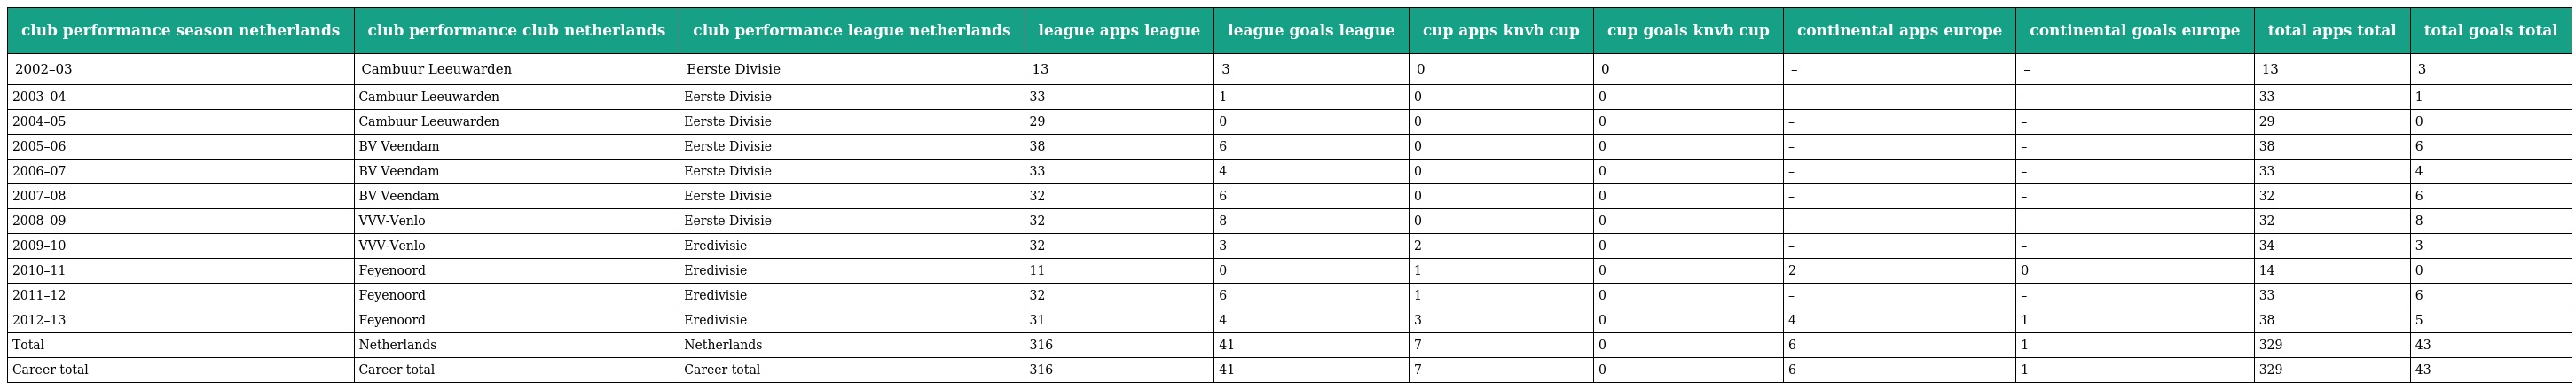
| club performance season netherlands | club performance club netherlands | club performance league netherlands | league apps league | league goals league | cup apps knvb cup | cup goals knvb cup | continental apps europe | continental goals europe | total apps total | total goals total |
 | --- | --- | --- | --- | --- | --- | --- | --- | --- | --- | --- |
 | 2002–03 | Cambuur Leeuwarden | Eerste Divisie | 13 | 3 | 0 | 0 | – | – | 13 | 3 |
 | 2003–04 | Cambuur Leeuwarden | Eerste Divisie | 33 | 1 | 0 | 0 | – | – | 33 | 1 |
 | 2004–05 | Cambuur Leeuwarden | Eerste Divisie | 29 | 0 | 0 | 0 | – | – | 29 | 0 |
 | 2005–06 | BV Veendam | Eerste Divisie | 38 | 6 | 0 | 0 | – | – | 38 | 6 |
 | 2006–07 | BV Veendam | Eerste Divisie | 33 | 4 | 0 | 0 | – | – | 33 | 4 |
 | 2007–08 | BV Veendam | Eerste Divisie | 32 | 6 | 0 | 0 | – | – | 32 | 6 |
 | 2008–09 | VVV-Venlo | Eerste Divisie | 32 | 8 | 0 | 0 | – | – | 32 | 8 |
 | 2009–10 | VVV-Venlo | Eredivisie | 32 | 3 | 2 | 0 | – | – | 34 | 3 |
 | 2010–11 | Feyenoord | Eredivisie | 11 | 0 | 1 | 0 | 2 | 0 | 14 | 0 |
 | 2011–12 | Feyenoord | Eredivisie | 32 | 6 | 1 | 0 | – | – | 33 | 6 |
 | 2012–13 | Feyenoord | Eredivisie | 31 | 4 | 3 | 0 | 4 | 1 | 38 | 5 |
 | Total | Netherlands | Netherlands | 316 | 41 | 7 | 0 | 6 | 1 | 329 | 43 |
 | Career total | Career total | Career total | 316 | 41 | 7 | 0 | 6 | 1 | 329 | 43 |